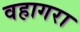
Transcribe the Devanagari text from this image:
वहागरा